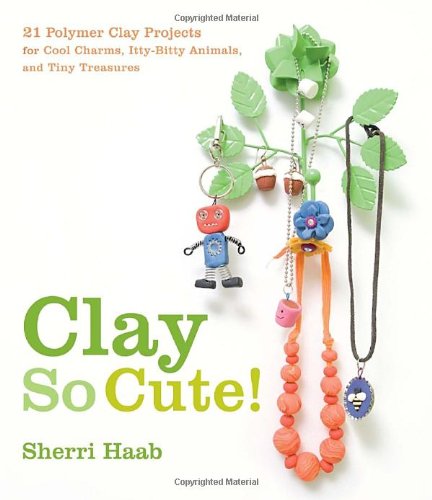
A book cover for Clay So Cute!: 21 Polymer Clay Projects for Cool Charms, Itty-Bitty Animals, and Tiny Treasures; Sherri Haab; Crafts, Hobbies & Home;